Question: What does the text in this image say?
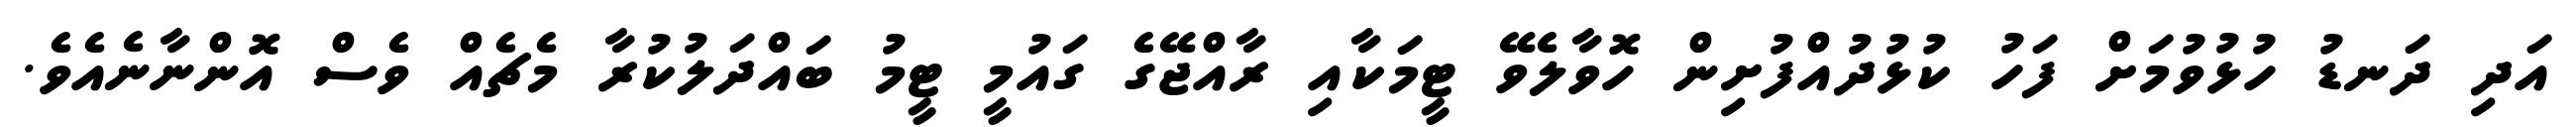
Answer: އަދި ދަނޑު ހުޅުވުމަށް ފަހު ކުޅުދުއްފުށިން ހޮވާލެވޭ ޓީމަކާއި ރާއްޖޭގެ ގައުމީ ޓީމު ބައްދަލުކުރާ މެޗެއް ވެސް އޮންނާނެއެވެ.